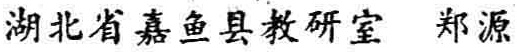
湖北省嘉鱼县教研室 郑源